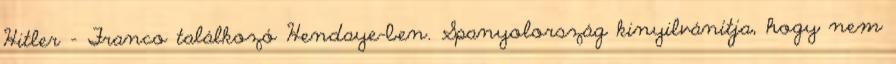
Hitler – Franco találkozó Hendaye-ben. Spanyolország kinyilvánítja, hogy nem